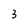
Character: 3